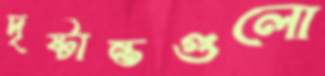
দৃষ্টান্তগুলো